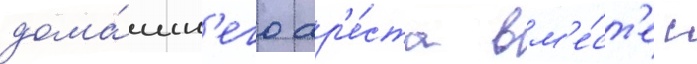
дома́шн'его ар'е́ста вм'е́ст'е с